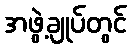
အဖွဲ့ချုပ်တွင်